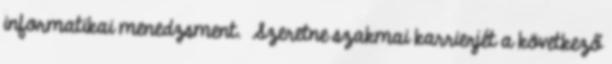
informatikai menedzsment. Szeretne szakmai karrierjét a következő